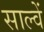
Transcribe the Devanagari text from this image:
साल्वें